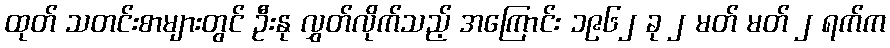
ထုတ် သတင်းစာများတွင် ဦးနု လွှတ်လိုက်သည့် အကြောင်း ၁၉၆၂ ခု ၂ မတ် မတ် ၂ ရက်က